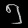
Digit: ၅